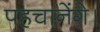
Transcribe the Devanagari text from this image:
पहचानेंगे।